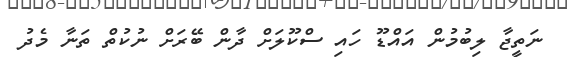
ނަތީޖާ ލިބުމުން އައްޑޫ ހައި ސްކޫލަށް ދާން ބޭރަށް ނުކުތް ތަނާ މެދު